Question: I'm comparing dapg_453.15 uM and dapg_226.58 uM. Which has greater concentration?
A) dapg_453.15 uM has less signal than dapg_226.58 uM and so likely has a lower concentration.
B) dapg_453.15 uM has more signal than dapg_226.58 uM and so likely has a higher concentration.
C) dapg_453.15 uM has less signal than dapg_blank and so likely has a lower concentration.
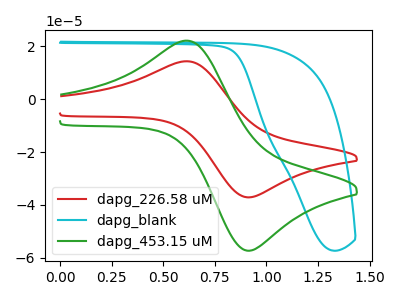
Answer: <think>The red curve "dapg_226.58 uM" has an anodic peak at (0.60V, 14.35uA) and a cathodic peak at (0.90V, -37.15uA). The cyan curve "dapg_blank" has no peaks. The green curve "dapg_453.15 uM" has an anodic peak at (0.60V, 22.10uA) and a cathodic peak at (0.90V, -57.30uA).
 All the peaks in "dapg_453.15 uM" have a peak in "dapg_226.58 uM" at the same potential. Every peak in "dapg_453.15 uM" is higher than every peak in "dapg_226.58 uM".</think>
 <answer>B) "dapg_453.15 uM" has more signal than "dapg_226.58 uM" and so likely has a higher concentration.</answer>
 <eval>B</eval>